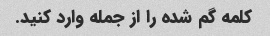
کلمه گم شده را از جمله وارد کنید.